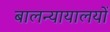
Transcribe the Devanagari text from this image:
बालन्यायालयों